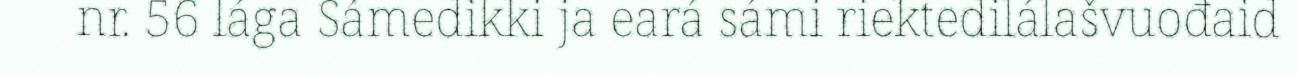
nr. 56 lága Sámedikki ja eará sámi riektedilálašvuođaid